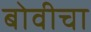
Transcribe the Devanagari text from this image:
बोवीचा